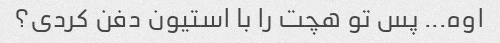
اوه... پس تو هچت را با استیون دفن کردی؟